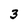
Character: 3